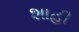
શાહી